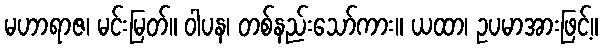
မဟာရာဇ၊ မင်းမြတ်။ ဝါပန၊ တစ်နည်းသော်ကား။ ယထာ၊ ဥပမာအားဖြင့်။